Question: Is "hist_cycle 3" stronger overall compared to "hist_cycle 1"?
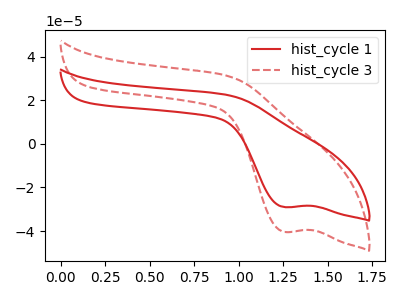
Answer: <think>The red curve "hist_cycle 1" has a cathodic peak at: (1.25V, -29.00uA). The red dashed curve "hist_cycle 3" has a cathodic peak at: (1.25V, -40.35uA).
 All the peaks in "hist_cycle 3" have a peak in "hist_cycle 1" at the same potential. Every peak in "hist_cycle 3" is higher than every peak in "hist_cycle 1".</think>
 <answer>"hist_cycle 3" has more signal than "hist_cycle 1".</answer>
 <eval>more_signal</eval>